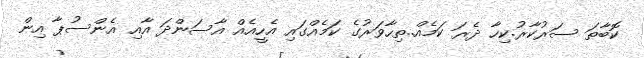
ކޮބާތަ ސަރުކާރު.ކިހާ ދެރަ ކަމެއް..ތިހާވަރުގެ ކަމެއްގައި އެހީއެއް އާސަންދަ އާއި އެންސުޕާ އިން